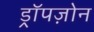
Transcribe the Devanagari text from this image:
ड्रॉपज़ोन